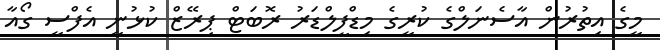
މީގެ އިތުރުން އާސެނަލްގެ ކުރީގެ މިޑްފީލްޑަރު ރޮބަޓް ޕިރޭޒް ކުޅުނީ އެފްސީ ގޯއާ